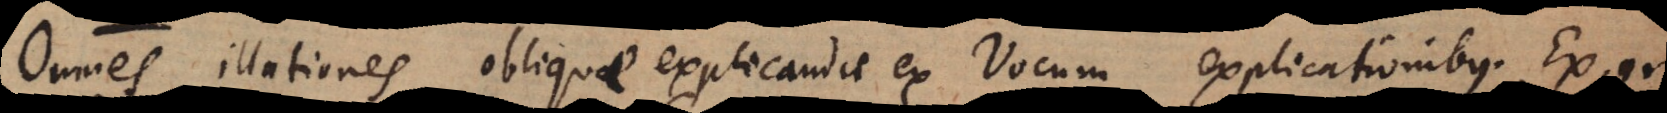
Omnes illationes obliquae explicandae ex Vocum explicationibus. Ex.